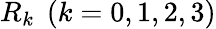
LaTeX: {R_{k}}\; \left({k=0,1,2,3}\right)